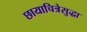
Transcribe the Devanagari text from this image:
छायाचित्रेसुद्धा